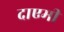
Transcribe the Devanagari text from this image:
दाएमी